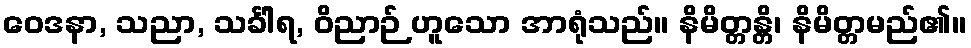
ဝေဒနာ, သညာ, သင်္ခါရ, ဝိညာဉ် ဟူသော အာရုံသည်။ နိမိတ္တန္တိ၊ နိမိတ္တမည်၏။